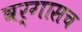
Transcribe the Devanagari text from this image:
वर्गासच